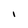
Character: I